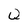
Character: Q